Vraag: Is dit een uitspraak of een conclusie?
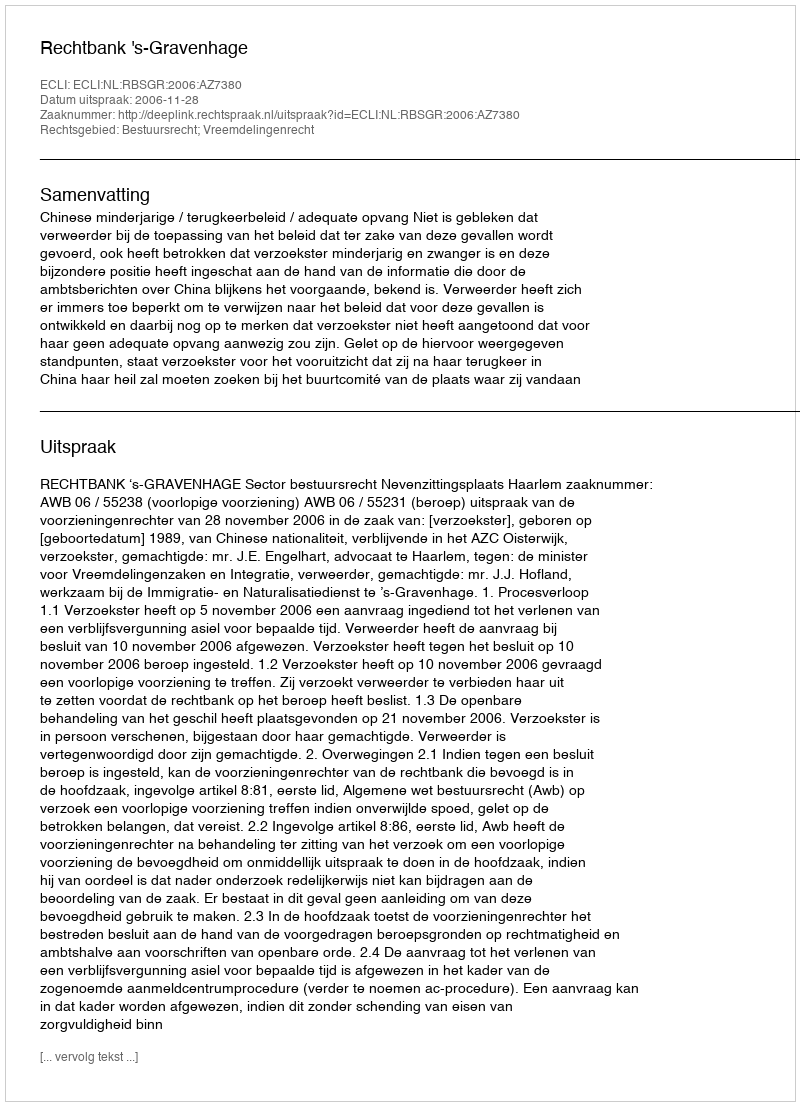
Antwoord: Uitspraak